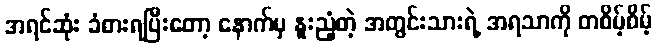
အရင်ဆုံး ခံစားရပြီးတော့ နောက်မှ နူးညံ့တဲ့ အတွင်းသားရဲ့ အရသာကို တစိမ့်စိမ့်